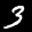
Label: 3